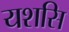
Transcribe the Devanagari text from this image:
यशसि